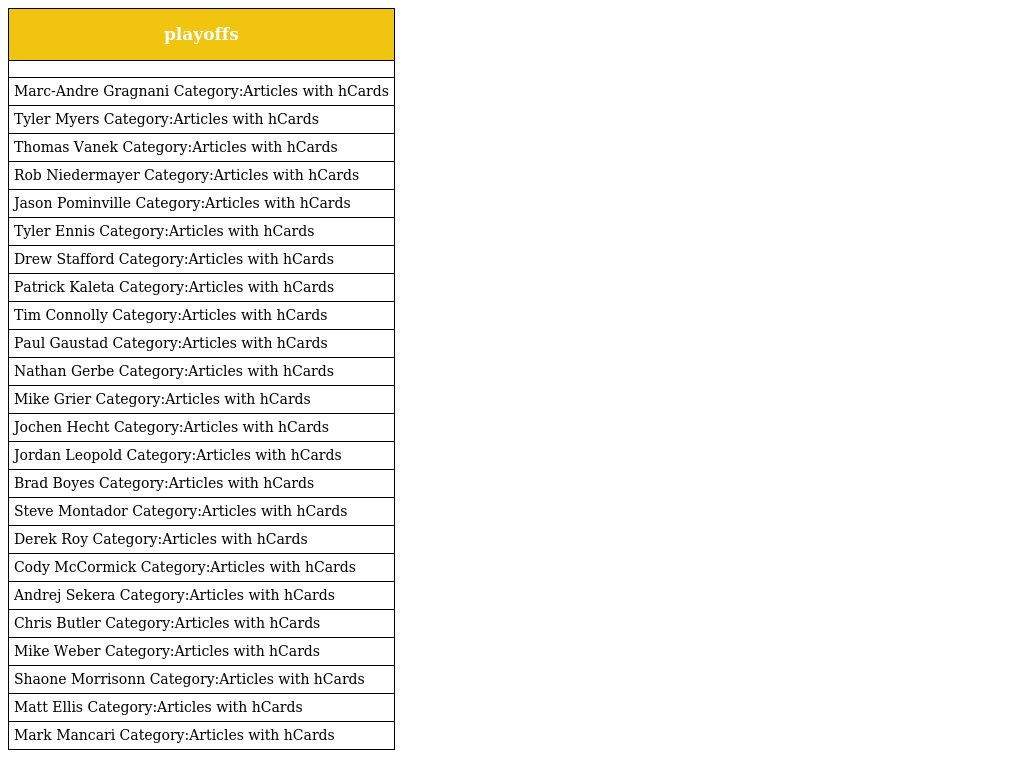
| playoffs |
 | --- |
 |  |
 | Marc-Andre Gragnani Category:Articles with hCards |
 | Tyler Myers Category:Articles with hCards |
 | Thomas Vanek Category:Articles with hCards |
 | Rob Niedermayer Category:Articles with hCards |
 | Jason Pominville Category:Articles with hCards |
 | Tyler Ennis Category:Articles with hCards |
 | Drew Stafford Category:Articles with hCards |
 | Patrick Kaleta Category:Articles with hCards |
 | Tim Connolly Category:Articles with hCards |
 | Paul Gaustad Category:Articles with hCards |
 | Nathan Gerbe Category:Articles with hCards |
 | Mike Grier Category:Articles with hCards |
 | Jochen Hecht Category:Articles with hCards |
 | Jordan Leopold Category:Articles with hCards |
 | Brad Boyes Category:Articles with hCards |
 | Steve Montador Category:Articles with hCards |
 | Derek Roy Category:Articles with hCards |
 | Cody McCormick Category:Articles with hCards |
 | Andrej Sekera Category:Articles with hCards |
 | Chris Butler Category:Articles with hCards |
 | Mike Weber Category:Articles with hCards |
 | Shaone Morrisonn Category:Articles with hCards |
 | Matt Ellis Category:Articles with hCards |
 | Mark Mancari Category:Articles with hCards |